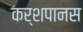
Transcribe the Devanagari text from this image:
कर्शपानस